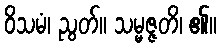
ဝိသမံ၊ ညွတ်။ သမ္မဇ္ဇတိ၊ ၏။